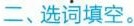
二、选词填空。